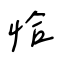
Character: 恰